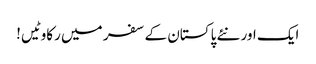
ایک اور نئے پاکستان کے سفر میں رکاوٹیں!